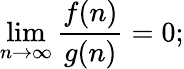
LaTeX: \operatorname*{lim}_{n\to\infty}\frac{f(n)}{g(n)}=0;